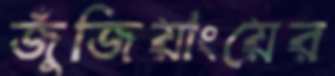
জুঁজিয়াংয়ের